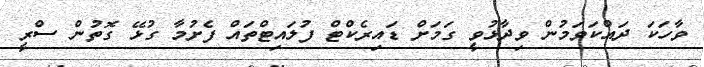
ވާހަކަ ދައްކަވަމުން ވިދާޅުވީ ގަމަށް ޑައިރެކްޓް ފުލައިޓްތައް ފެށުމާ ގުޅޭ ގޮތުން ސްރީ